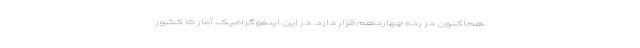
هم‌اکنون در رده چهاردهم قرار دارد. در این اینفوگرافیک، آمار ۱۵ کشور